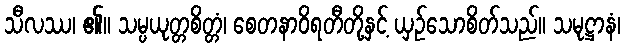
သီလဿ၊ ၏။ သမ္ပယုတ္တစိတ္တံ၊ စေတနာဝိရတီတို့နှင့် ယှဉ်သောစိတ်သည်။ သမုဋ္ဌာနံ၊